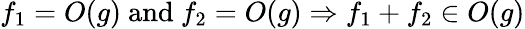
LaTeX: f_{1}=O(g){\mathrm{~and~}}f_{2}=O(g)\Rightarrow f_{1}+f_{2}\in O(g)